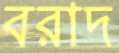
বরাদ